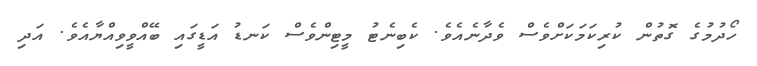
ހޯދުމުގެ ގޮތުން ކުރިކަމަކަށްވެސް ވެދާނެއެވެ. ކެބިނެޓު މީޓިންވެސް ކަނޑު އަޑީގައި ބޭއްވީވިއްޔާއެވެ. އަދި